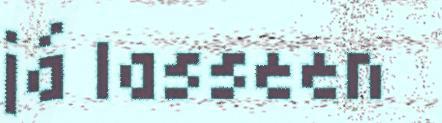
já lasseen